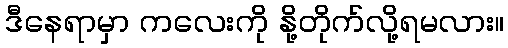
ဒီနေရာမှာ ကလေးကို နို့တိုက်လို့ရမလား။